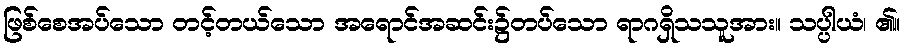
ဖြစ်စေအပ်သော တင့်တယ်သော အရောင်အဆင်း၌တပ်သော ရာဂရှိသသူအား။ သပ္ပါယံ၊ ၏။